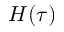
H ( \tau )